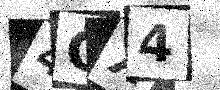
Text: 4CX4